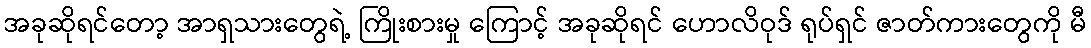
အခုဆိုရင်တော့ အာရှသားတွေရဲ့ ကြိုးစားမှု ကြောင့် အခုဆိုရင် ဟောလိဝုဒ် ရုပ်ရှင် ဇာတ်ကားတွေကို မီ